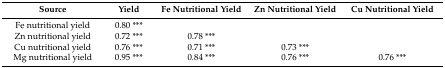
<table><thead><tr><td><b>Source</b></td><td><b>Yield</b></td><td><b>Fe Nutritional Yield</b></td><td><b>Zn Nutritional Yield</b></td><td><b>Cu Nutritional Yield</b></td></tr></thead><tbody><tr><td>Fe nutritional yield</td><td>0.80 ***</td><td></td><td></td><td></td></tr><tr><td>Zn nutritional yield</td><td>0.72 ***</td><td>0.78 ***</td><td></td><td></td></tr><tr><td>Cu nutritional yield</td><td>0.76 ***</td><td>0.71 ***</td><td>0.73 ***</td><td></td></tr><tr><td>Mg nutritional yield</td><td>0.95 ***</td><td>0.84 ***</td><td>0.76 ***</td><td>0.76 ***</td></tr></tbody></table>